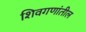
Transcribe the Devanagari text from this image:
शिवगणांतील